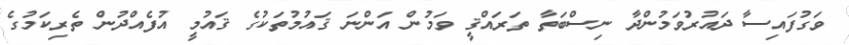
ވަގުފައިސާ ދައުރުވަމުންދާ ނިސްބަތާ ތަރައްޤީ ވަމުން އަންނަ ޤައުމުތަކުގެ ޤައުމީ އުފެއްދުން ތެރިކަމުގެ